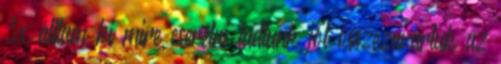
3x álltam ki mire cserélni tudtunk jól összezavartuk az